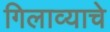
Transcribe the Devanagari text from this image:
गिलाव्याचे